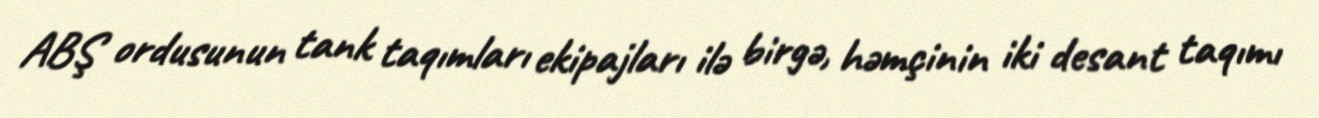
ABŞ ordusunun tank taqımları ekipajları ilə birgə, həmçinin iki desant taqımı